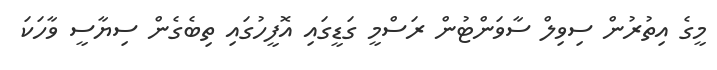
މީގެ އިތުރުން ސިވިލް ސާވަންޓުން ރަސްމީ ގަޑީގައި އޮފީހުގައި ތިބެގެން ސިޔާސީ ވާހަކަ